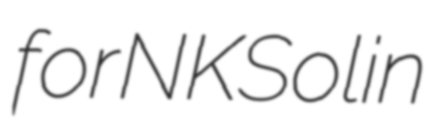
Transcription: for NK Solin